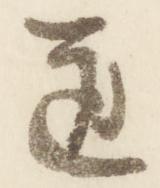
道